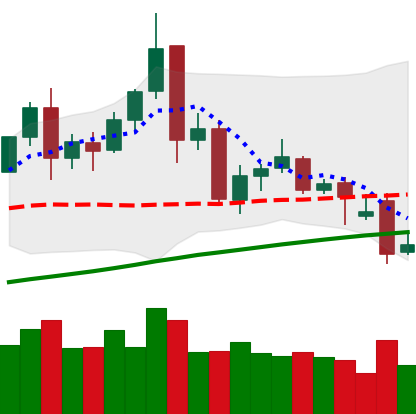
Ticker: TRX-USD
Chart end date: 2021-11-27
Forward return: 4.254%
Label: up_3_5